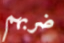
ضربهم